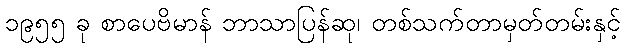
၁၉၅၅ ခု စာပေဗိမာန် ဘာသာပြန်ဆု၊ တစ်သက်တာမှတ်တမ်းနှင့်